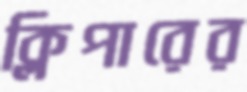
ক্লিপারের